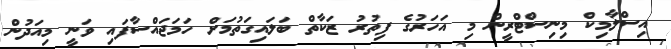
އިސްލާމިކް މިނިސްޓްރީން މި އަހަރުގެ ފިތުރު ޒަކާތް ބަލައިގަތުމަށް ހަމަޖައްސާފައި ވަނީ މިއަދުން